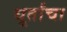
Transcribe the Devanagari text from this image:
धूर्तांचा